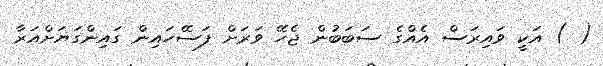
( ) އަކީ ވައިރަސް އެއްގެ ސަބަބުން ޖެހޭ ވަރަށް ފަސޭހައިން ގައިންގަޔަށްއަރާ